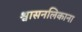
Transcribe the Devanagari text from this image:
श्वासनलिकाना